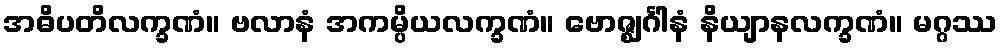
အဓိပတိလက္ခဏံ။ ဗလာနံ အကမ္ပိယလက္ခဏံ။ ဗောဇ္ဈင်္ဂါနံ နိယျာနလက္ခဏံ။ မဂ္ဂဿ